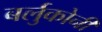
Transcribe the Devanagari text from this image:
बर्लुकोनी